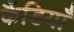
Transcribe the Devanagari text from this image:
कैंडियाँ